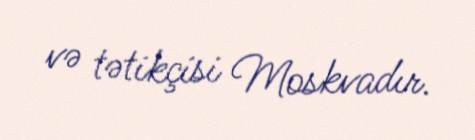
və tətikçisi Moskvadır.